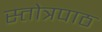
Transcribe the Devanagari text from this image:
स्तोत्रपाठ